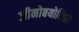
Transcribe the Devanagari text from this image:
जीनोबयोटिकों